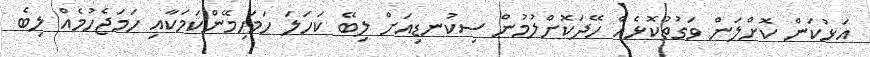
އަޅުކަން ކޮށްލަން ވަގުތުކޮޅެއް ހޭދަކޮށްލުމުން ސިކުނޑިއަށް ލިބޭ ކަހަލަ ހަމަހިމޭންކަމަކާއި ހަމަޖެހުމެއް ލިބެ